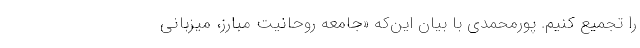
را تجمیع کنیم. پورمحمدی با بیان این‌که «جامعه روحانیت مبارز، میزبانی